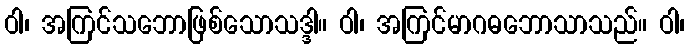
ဝါ၊ အကြင်သဘောဖြစ်သောသဒ္ဒါ။ ဝါ၊ အကြင်မာဂဓဘောသာသည်။ ဝါ၊